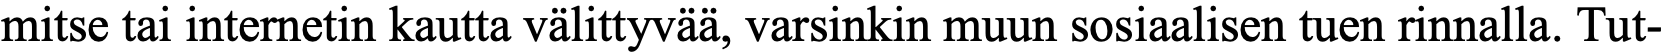
mitse tai internetin kautta välittyvää, varsinkin muun sosiaalisen tuen rinnalla. Tut-